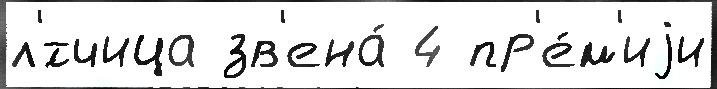
л'́тчица зв'ена́ 4 пр'е́м'иjи